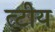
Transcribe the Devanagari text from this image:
त्टीय